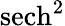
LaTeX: \mathrm{sech}^{2}